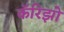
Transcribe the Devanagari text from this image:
कॅरिझो